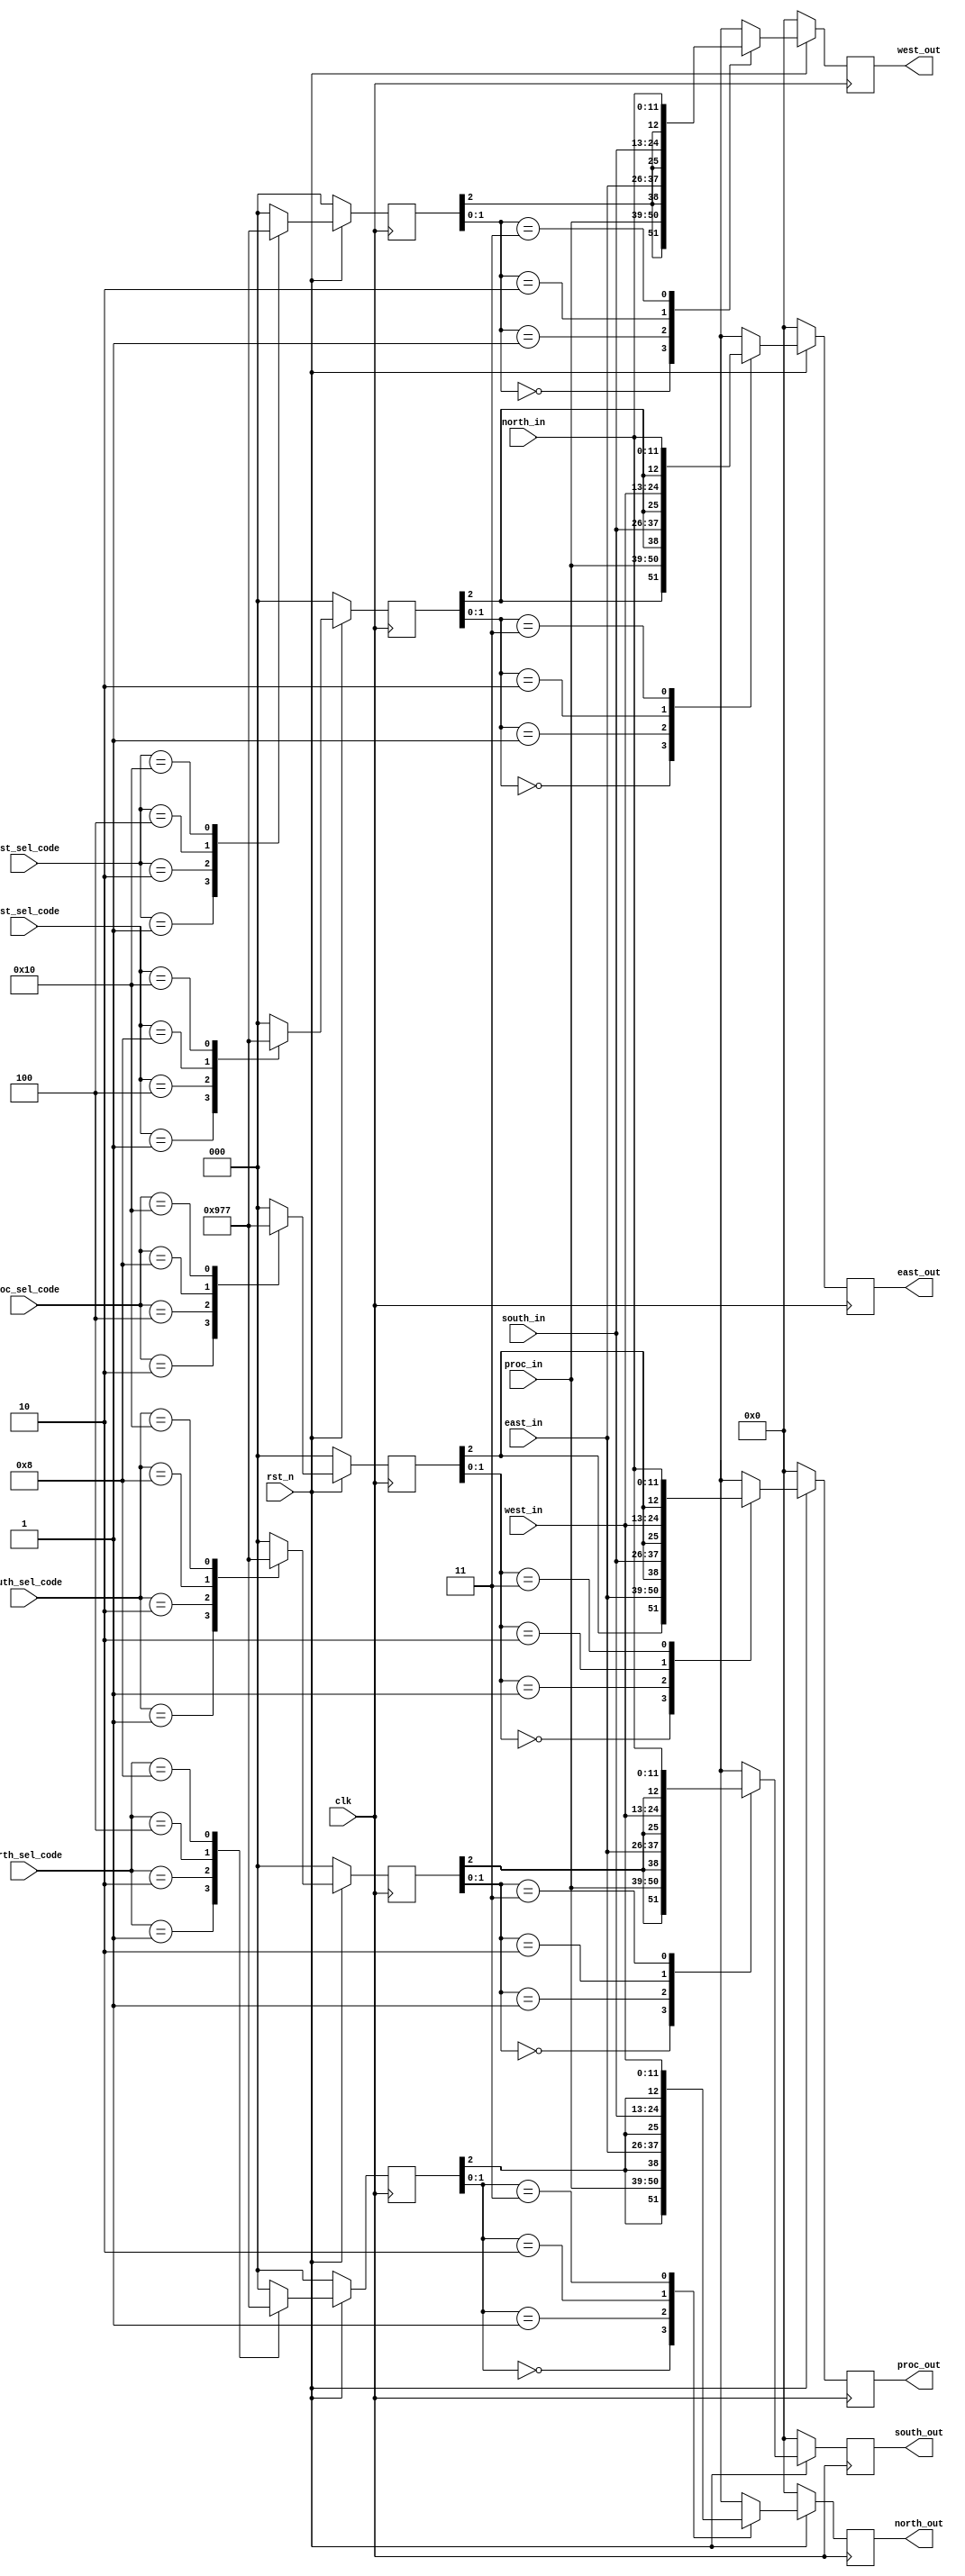
module crossbar(
		input clk,
		input rst_n,
		input [11:0] proc_in,
		input [11:0] east_in,
		input [11:0] south_in,
		input [11:0] west_in,
		input [11:0] north_in,
		input [4:0] proc_sel_code,
		input [4:0] east_sel_code,
		input [4:0] south_sel_code,
		input [4:0] west_sel_code,
		input [4:0] north_sel_code,
		output reg [12:0] proc_out,
		output reg [12:0] east_out,
		output reg [12:0] south_out,
		output reg [12:0] west_out,
		output reg [12:0] north_out
		);

   wire [11:0] 	    flit_p;
   wire [11:0] 	    flit_e;
   wire [11:0] 	    flit_s;
   wire [11:0] 	    flit_w;
   wire [11:0] 	    flit_n;
   
   reg [2:0] 	    proc_sel;
   reg [2:0] 	    east_sel;
   reg [2:0] 	    west_sel;
   reg [2:0] 	    north_sel;
   reg [2:0] 	    south_sel;


   assign flit_p = proc_in;
   assign flit_e = east_in;
   assign flit_s = south_in;
   assign flit_w = west_in;
   assign flit_n = north_in;


   always @(posedge clk)
     begin
	if(!rst_n) begin
	   proc_sel  <= 3'b000;
	   north_sel <= 3'b000;
	   east_sel  <= 3'b000;
	   south_sel <= 3'b000;
	   west_sel  <= 3'b000;
	   proc_out  <= 13'b0000000000000;
	   east_out  <= 13'b0000000000000;
	   south_out <= 13'b0000000000000;
	   west_out  <= 13'b0000000000000;
	   north_out <= 13'b0000000000000;
	end

	else begin
	   case(proc_sel_code)
	     5'b00010: proc_sel <= 3'b100;
	     5'b00100: proc_sel <= 3'b101;
	     5'b01000: proc_sel <= 3'b110;
	     5'b10000: proc_sel <= 3'b111;
	     default:  proc_sel <= 3'b000;
	   endcase

	   case(north_sel_code)
	     5'b00001: north_sel <= 3'b100;
	     5'b00010: north_sel <= 3'b101;
	     5'b00100: north_sel <= 3'b110;
	     5'b01000: north_sel <= 3'b111;
	     default:  north_sel <= 3'b000;
	   endcase
	   
	   case(east_sel_code)
	     5'b00001: east_sel <= 3'b100;
	     5'b00100: east_sel <= 3'b101;
	     5'b01000: east_sel <= 3'b110;
	     5'b10000: east_sel <= 3'b111;
	     default:  east_sel <= 3'b000;
	   endcase

	   case(south_sel_code)
	     5'b00001: south_sel <= 3'b100;
	     5'b00010: south_sel <= 3'b101;
	     5'b01000: south_sel <= 3'b110;
	     5'b10000: south_sel <= 3'b111;
	     default:  south_sel <= 3'b000;
	   endcase

	   case(west_sel_code)
	     5'b00001: west_sel <= 3'b100;
	     5'b00010: west_sel <= 3'b101;
	     5'b00100: west_sel <= 3'b110;
	     5'b10000: west_sel <= 3'b111;
	     default:  west_sel <= 3'b000;
	   endcase

	   case(proc_sel[1:0])
	     2'b00: proc_out <= {proc_sel[2],flit_e}; 
	     2'b01: proc_out <= {proc_sel[2],flit_s}; 
	     2'b10: proc_out <= {proc_sel[2],flit_w}; 
	     2'b11: proc_out <= {proc_sel[2],flit_n};
	   endcase

	   case(east_sel[1:0])
	     2'b00: east_out <= {east_sel[2],flit_p}; 
	     2'b01: east_out <= {east_sel[2],flit_s}; 
	     2'b10: east_out <= {east_sel[2],flit_w}; 
	     2'b11: east_out <= {east_sel[2],flit_n};
	   endcase
	   
	   case(west_sel[1:0])
	     2'b00: west_out <= {west_sel[2],flit_p}; 
	     2'b01: west_out <= {west_sel[2],flit_e}; 
	     2'b10: west_out <= {west_sel[2],flit_s}; 
	     2'b11: west_out <= {west_sel[2],flit_n}; 
	   endcase

	   case(north_sel[1:0])
	     2'b00: north_out <= {north_sel[2],flit_p}; 
	     2'b01: north_out <= {north_sel[2],flit_e}; 
	     2'b10: north_out <= {north_sel[2],flit_s}; 
	     2'b11: north_out <= {north_sel[2],flit_w}; 
	   endcase

	   case(south_sel[1:0])
	     2'b00: south_out <= {south_sel[2],flit_p}; 
	     2'b01: south_out <= {south_sel[2],flit_e}; 
	     2'b10: south_out <= {south_sel[2],flit_w}; 
	     2'b11: south_out <= {south_sel[2],flit_n}; 
	   endcase

	end
     end

endmodule